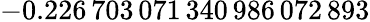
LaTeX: -0.226\, 703\, 071\, 340\, 986\, 072\, 893